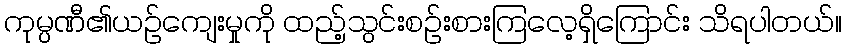
ကုမ္ပဏီ၏ယဉ်ကျေးမှုကို ထည့်သွင်းစဉ်းစားကြလေ့ရှိကြောင်း သိရပါတယ်။